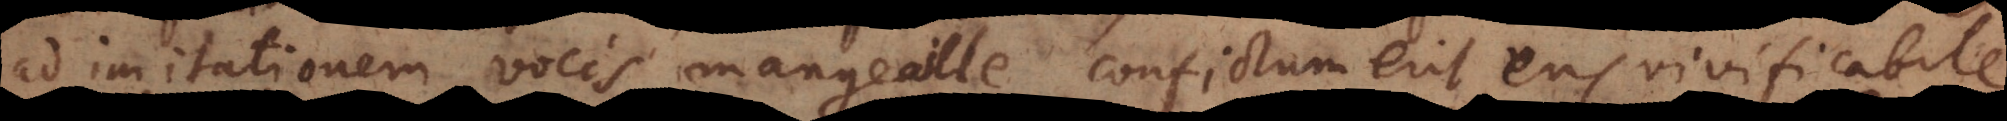
ad imitationem vocis mangeaille confictum erit Ens vivificabile,